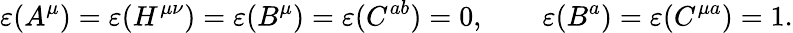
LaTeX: \varepsilon(A^{\mu})=\varepsilon(H^{\mu\nu})=\varepsilon(B^{\mu})=\varepsilon(C^{ab})=0,\qquad\varepsilon(B^{a})=\varepsilon(C^{\mu a})=1.